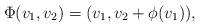
LaTeX: \begin{align*} \Phi(v_1,v_2) = ( v_1, v_2 +\phi(v_1)), \end{align*}